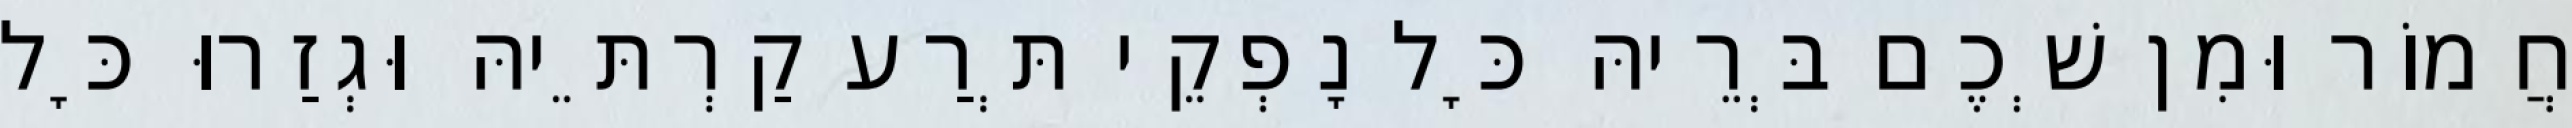
חֲמוֹר וּמִן שְׁכֶם בְּרֵיהּ כָּל נָפְקֵי תְּרַע קַרְתֵּיהּ וּגְזַרוּ כָּל